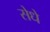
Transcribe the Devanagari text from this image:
सेधे